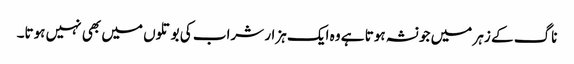
ناگ کے زہر میں جو نشہ ہوتا ہے وہ ایک ہزار شراب کی بوتلوں میں بھی نہیں ہوتا۔